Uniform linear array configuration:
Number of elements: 24
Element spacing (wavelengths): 1
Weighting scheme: blackman
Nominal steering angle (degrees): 60
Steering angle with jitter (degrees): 60.821
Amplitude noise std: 0.05
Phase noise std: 0.05

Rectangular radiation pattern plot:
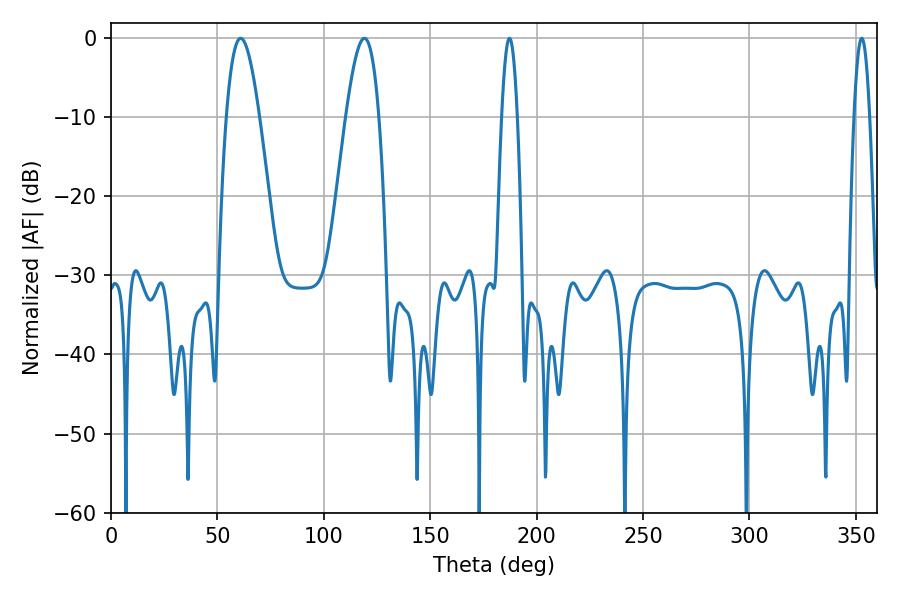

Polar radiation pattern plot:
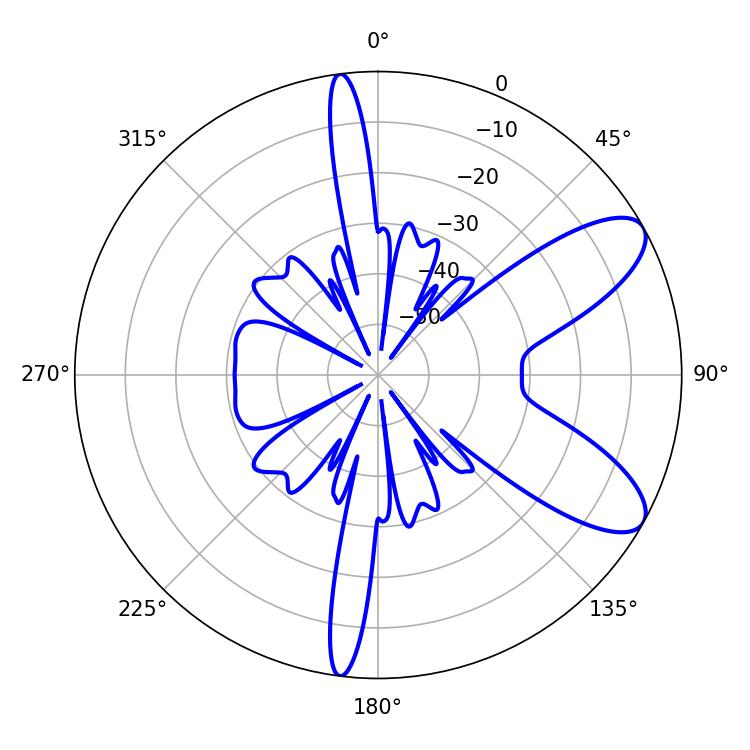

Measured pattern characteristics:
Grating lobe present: TRUE
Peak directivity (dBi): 8.838
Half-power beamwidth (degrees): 3.96
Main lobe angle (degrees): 187.2